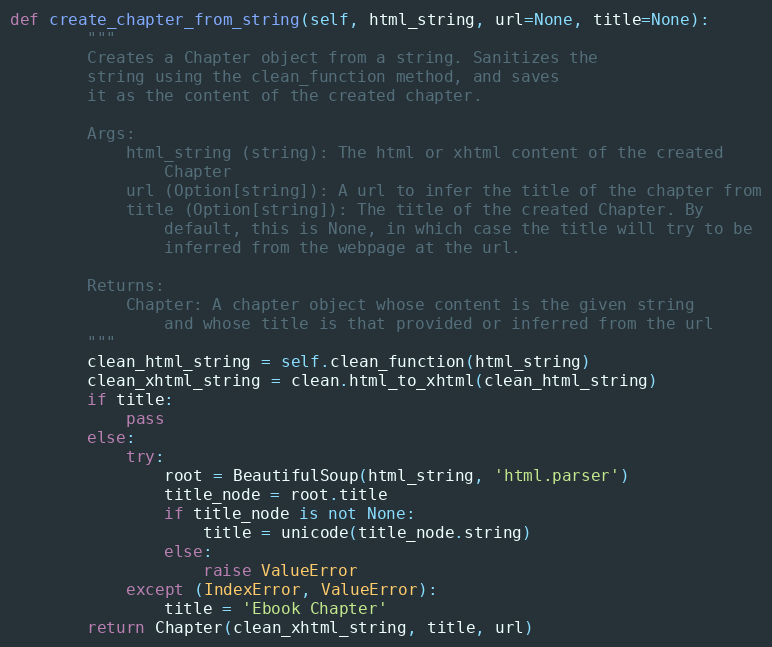
Language: Python
def create_chapter_from_string(self, html_string, url=None, title=None):
        """
        Creates a Chapter object from a string. Sanitizes the
        string using the clean_function method, and saves
        it as the content of the created chapter.

        Args:
            html_string (string): The html or xhtml content of the created
                Chapter
            url (Option[string]): A url to infer the title of the chapter from
            title (Option[string]): The title of the created Chapter. By
                default, this is None, in which case the title will try to be
                inferred from the webpage at the url.

        Returns:
            Chapter: A chapter object whose content is the given string
                and whose title is that provided or inferred from the url
        """
        clean_html_string = self.clean_function(html_string)
        clean_xhtml_string = clean.html_to_xhtml(clean_html_string)
        if title:
            pass
        else:
            try:
                root = BeautifulSoup(html_string, 'html.parser')
                title_node = root.title
                if title_node is not None:
                    title = unicode(title_node.string)
                else:
                    raise ValueError
            except (IndexError, ValueError):
                title = 'Ebook Chapter'
        return Chapter(clean_xhtml_string, title, url)